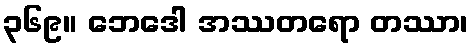
၃၆၉။ ဘေဒေါ အဿတရော တဿာ၊